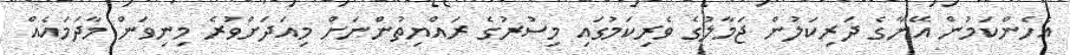
އެހެންކަމުން އޭނާގެ ދަރިކަލުން ޖަމާލުގެ ވެރިކަމުގައި މިސުރުގެ ރައްޔިތުންނަށް މިއަދަށްވުރެ މިނިވަން މާދަމައެއް